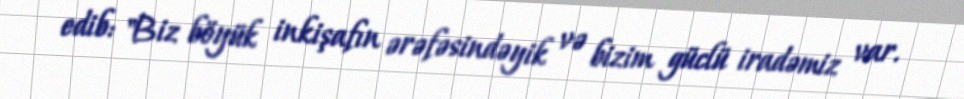
edib: "Biz böyük inkişafın ərəfəsindəyik və bizim güclü iradəmiz var.